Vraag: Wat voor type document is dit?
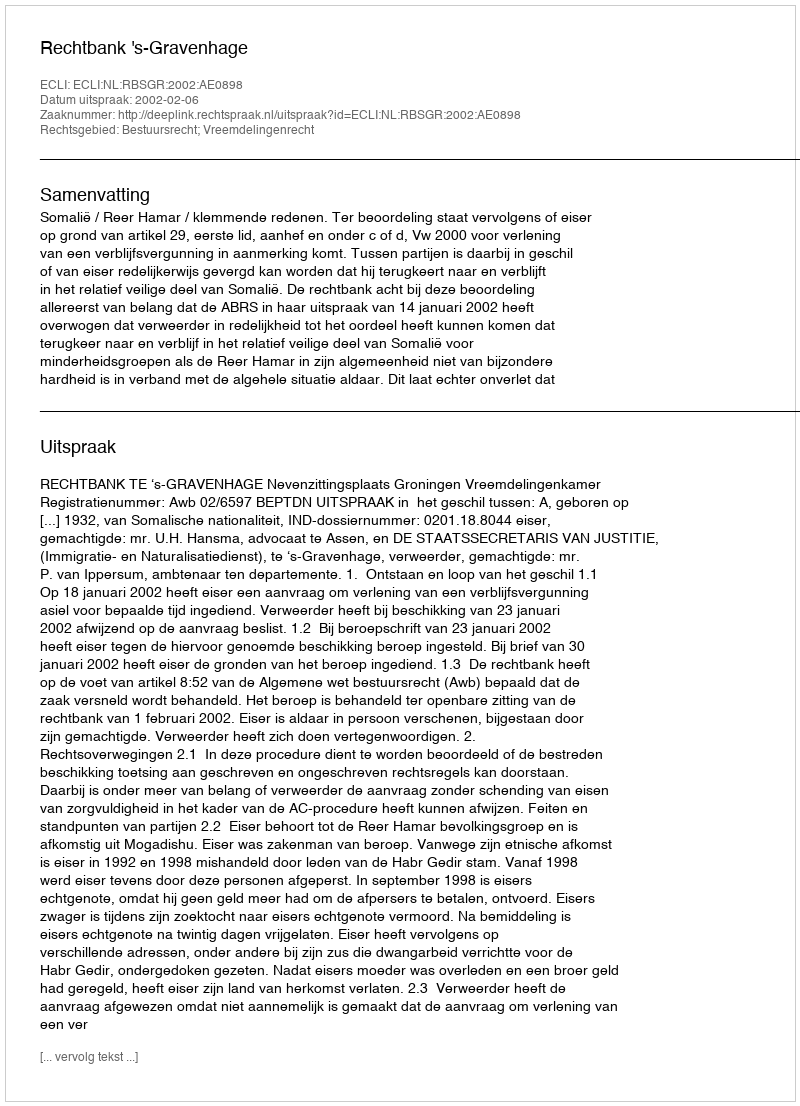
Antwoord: Uitspraak